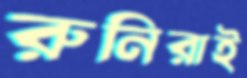
রুনিরাই